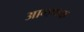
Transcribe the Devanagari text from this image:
आगणक